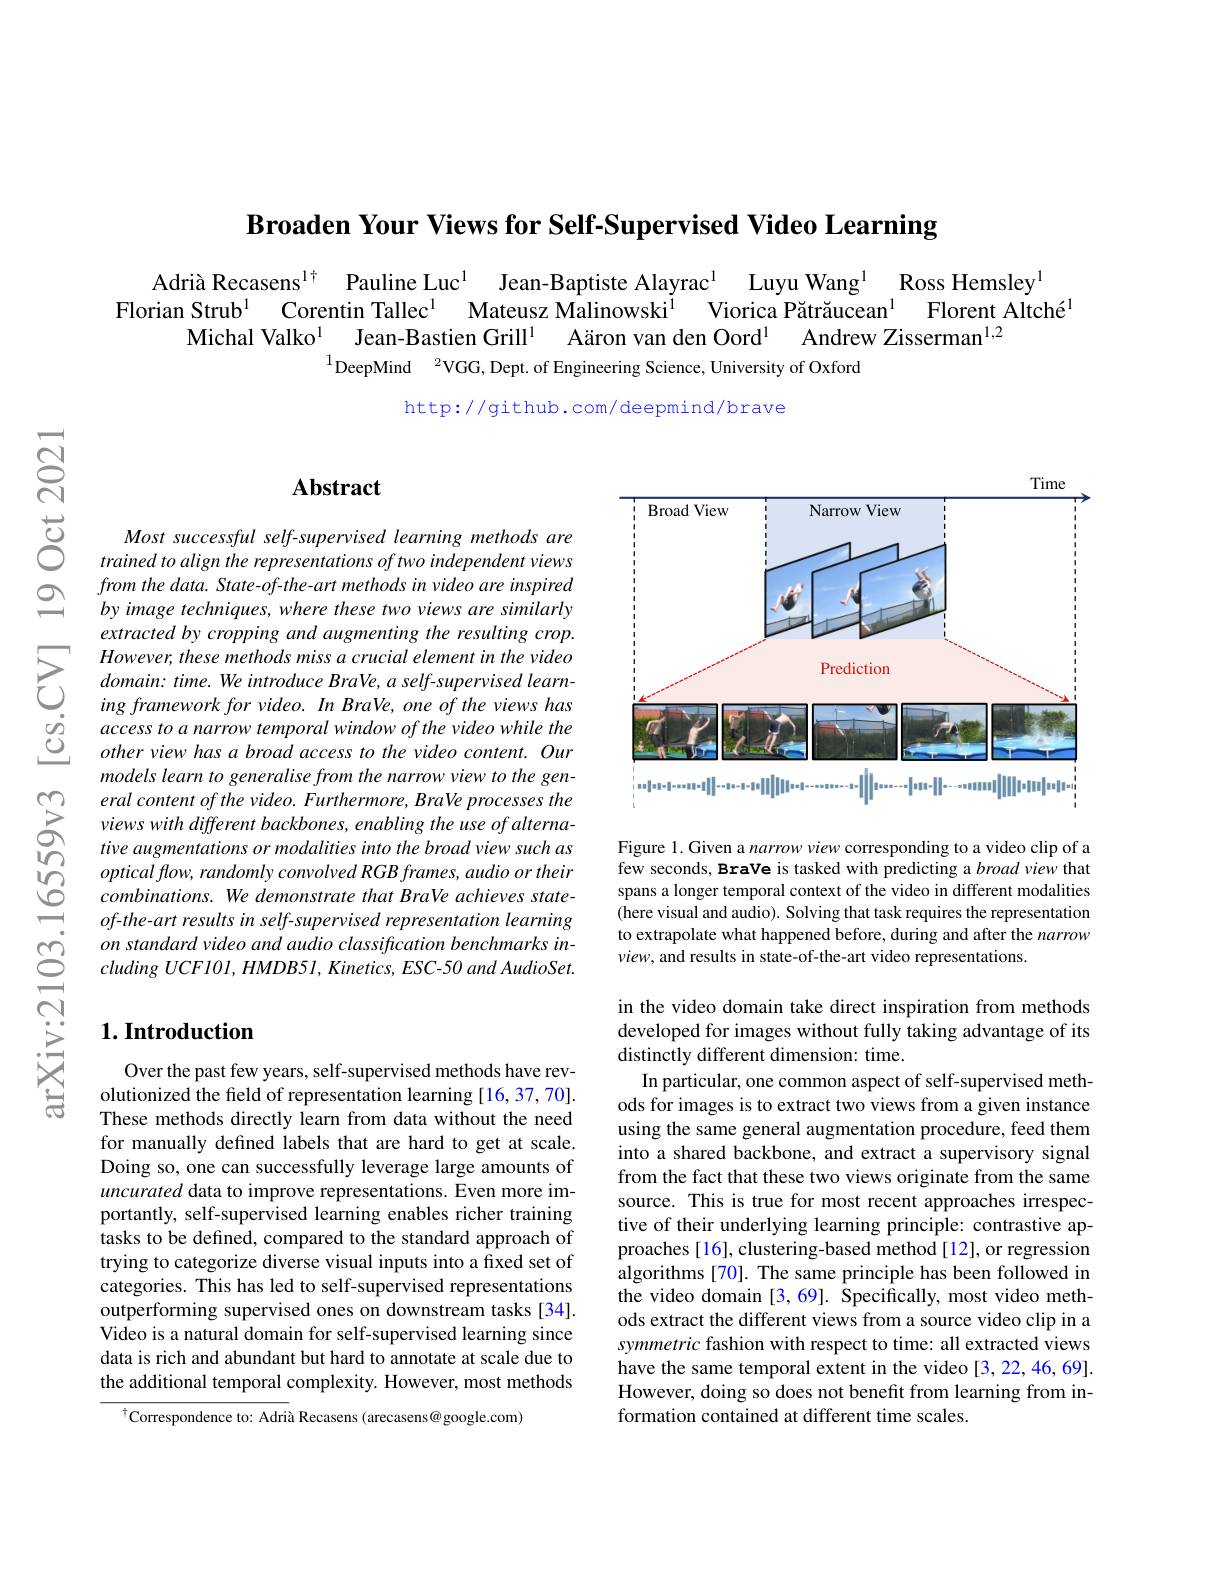
$\textbf{Broaden Your Views for Self- Supervised Video Learning}$

Adrià Recasens$^{[\mathrm{r}]}$ Pauline Luc$^{1}$ Jean-Baptiste Alayrac$^{1}$ Luyu Wang$^{1}$ Ross Hemsley$^{1}$Florian Strub$^{1}$ Corentin Tallec$^{1}$ Mateusz Malinowski$^{1}$ Viorica Pătrăucean$^{1}$ Florent Altché$^{[\text{Adria Strub}]}$ Strub$^{[\text{Corentin Ta}}$
$^{1}$DeepMind$\:^2$VGG, Dept. of Engineering Science, University of Oxford

http://github.com/deepmind/brave

$Vr_{i}$

## Abstract

Most successful self-supervised learning methods are trained to align the representations of two independent views from the data. State-of-the-art methods in video are inspired by image techniques, where these two views are similarly extracted by cropping and augmenting the resulting crop.
$\sum_{\begin{array}{ccc}&However,these\:methods\:miss\:a\:crucial\:element\:in\:the\:video\\&domain:\:time.\:We\:introduce\:BraVe,\:a\:self-supervised\:learn-1}\\&ing\:framework\:for\:video.\:In\:BraVe,\:one\:of\:the\:views\:has\end{array}$ $\begin{array}{lll}{}ingframeworkfor\:video.~In~BraVe,~one~of\end{array}$
models learn to generalise from the narrow view to the gen-
$\sum _{i= 1}^{\infty }$ eral content $of$ the $video.$ $Furthermore$, BraVe processes theviews with different $backbones$, enabling the use $of$ $alterna- tive$ aus wenthe $as$ tive $as$ tive $as$ tive tive tive tive tive tive tive tive tive tive tive tive tive tive tive tive tive $t$
tive augmentations or modalities into the broad view such as
optical flow, randomly convolved RGB frames, audio or their Ocombinations. We demonstrate that BraVe achieves state- of- the- art results in self- supervised representation learning
on standard video and audio classification benchmarks including $UCF101, HMDB51, Kinetics$, $ESC- 50$ and $AudioSet.$

## $1. \textbf{Introduction}$

Over the past few years, self-supervised methods have revolutionized the feld of representation learning [16,37,70]. These methods directly learn from data without the need for manually defined labels that are hard to get at scale. Doing so, one can successfully leverage large amounts of uncurated data to improve representations. Even more importantly, self-supervised learning enables richer training tasks to be defined, compared to the standard approach of trying to categorize diverse visual inputs into a fixed set of categories. This has led to self-supervised representations outperforming supervised ones on downstream tasks [34]. Video is a natural domain for self-supervised learning since data is rich and abundant but hard to annotate at scale due to the additional temporal complexity. However, most methods

$^{\dagger}$Correspondence to: Adrià Recasens (arecasens@google.com)

Time
<FigureHere>

Figure 1. Given a narrow view corresponding to a video clip of a few seconds, BraVe is tasked with predicting a broad view that spans a longer temporal context of the video in different modalities (here visual and audio). Solving that task requires the representation to extrapolate what happened before, during and after the narrow view, and results in state-of-the-art video representations.

in the video domain take direct inspiration from methods developed for images without fully taking advantage of its distinctly different dimension: time.
In particular, one common aspect of self-supervised methods for images is to extract two views from a given instance using the same general augmentation procedure, feed them into a shared backbone, and extract a supervisory signal from the fact that these two views originate from the same source. This is true for most recent approaches irrespective of their underlying learning principle: contrastive approaches [16], clustering-based method [12], or regression algorithms [70]. The same principle has been followed in the video domain [3,69]. Specifically, most video methods extract the different views from a source video clip in a symmetric fashion with respect to time: all extracted views have the same temporal extent in the video[3,22,46,69]. However, doing so does not benefit from learning from information contained at different time scales.